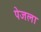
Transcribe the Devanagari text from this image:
पेजला